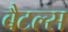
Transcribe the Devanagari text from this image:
बैटल्स